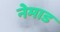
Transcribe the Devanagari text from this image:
नेमाड